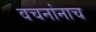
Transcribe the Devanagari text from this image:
वचनांनाच